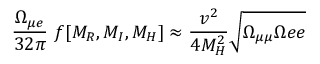
\frac { \Omega _ { \mu e } } { 3 2 \pi } \ f [ M _ { R } , M _ { I } , M _ { H } ] \approx \frac { v ^ { 2 } } { 4 M _ { H } ^ { 2 } } \sqrt { \Omega _ { \mu \mu } \Omega { e e } }